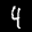
Label: 4